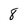
Character: 8